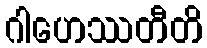
ဂါဟေဿတီတိ